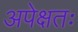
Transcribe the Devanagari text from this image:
अपेक्षतः